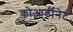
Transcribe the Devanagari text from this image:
कोआर्डीनेट